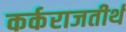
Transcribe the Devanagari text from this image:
कर्कराजतीर्थ